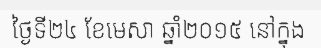
ថ្ងៃទី២៤ ខែមេសា ឆ្នាំ២០១៥ នៅក្នុង